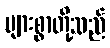
များစွာတို့သည်